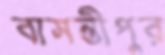
বাসন্তীপুর